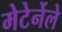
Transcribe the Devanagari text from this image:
मेटेर्नेले